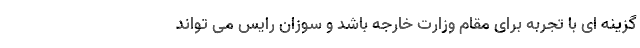
گزینه ای با تجربه برای مقام وزارت خارجه باشد و سوزان رایس می تواند